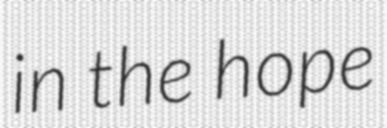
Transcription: in the hope